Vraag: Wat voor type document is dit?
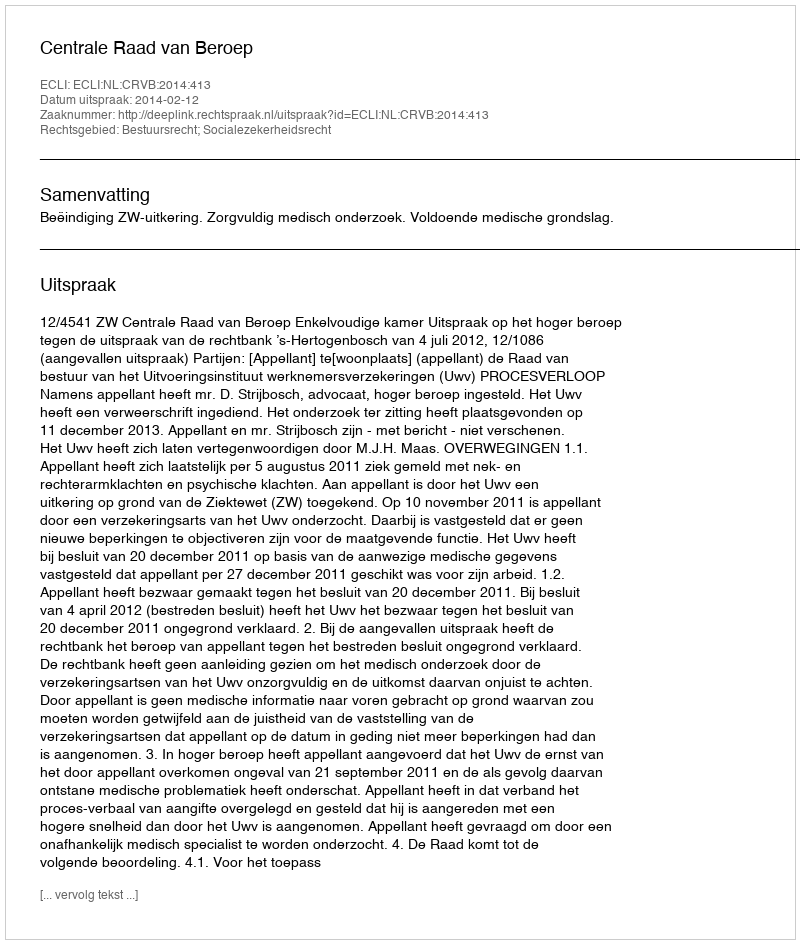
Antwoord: Uitspraak